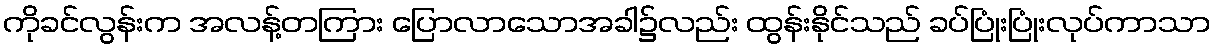
ကိုခင်လွန်းက အလန့်တကြား ပြောလာသောအခါ၌လည်း ထွန်းနိုင်သည် ခပ်ပြုံးပြုံးလုပ်ကာသာ